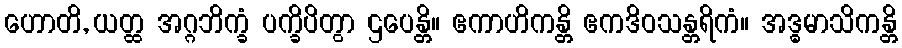
ဟောတိ, ယတ္ထ အဂ္ဂဘိက္ခံ ပက္ခိပိတွာ ဌပေန္တိ။ ဧကာဟိကန္တိ ဧကဒိဝသန္တရိကံ။ အဒ္ဓမာသိကန္တိ